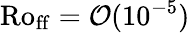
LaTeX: \mathrm{Ro_{ff}}=\mathcal{O}(10^{-5})